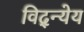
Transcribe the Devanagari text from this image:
विद्न्येय